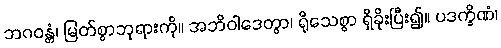
ဘဂဝန္တံ၊ မြတ်စွာဘုရားကို။ အဘိဝါဒေတွာ၊ ရိုသေစွာ ရှိခိုးပြီး၍။ ပဒက္ခိဏံ၊